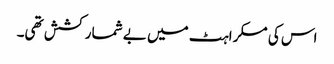
اس کی مسکراہٹ میں بے شمار کشش تھی۔